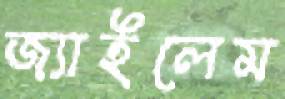
জ্যাইলেম